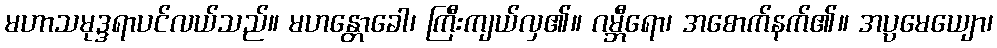
မဟာသမုဒ္ဒရာပင်လယ်သည်။ မဟန္တောခေါ၊ ကြီးကျယ်လှ၏။ ဂမ္ဘီရော၊ အစောက်နက်၏။ အပ္ပမေယျော၊